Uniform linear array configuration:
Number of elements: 12
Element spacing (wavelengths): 0.75
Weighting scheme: kaiser
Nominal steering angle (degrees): -45
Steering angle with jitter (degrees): -44.935
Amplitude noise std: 0.05
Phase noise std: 0.05

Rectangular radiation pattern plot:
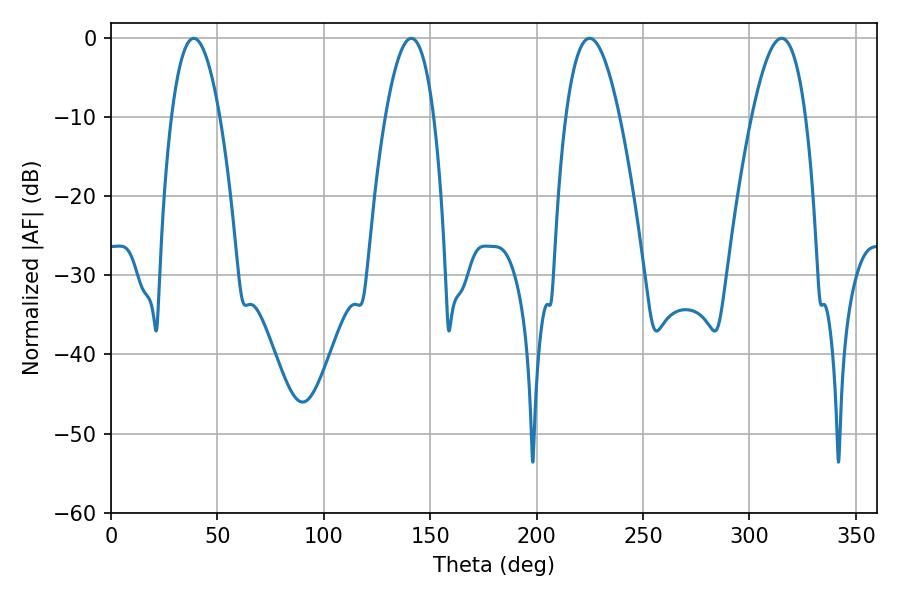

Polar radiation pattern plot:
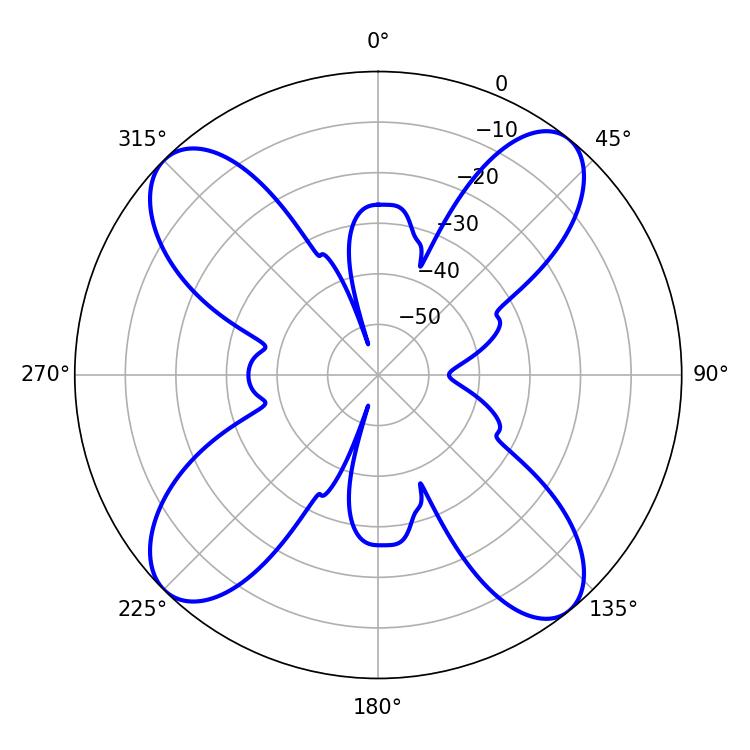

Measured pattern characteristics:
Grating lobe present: TRUE
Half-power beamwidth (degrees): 12.42
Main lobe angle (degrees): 38.88